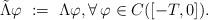
LaTeX: \begin{align*}\tilde\Lambda\varphi \ := \ \Lambda\varphi, \forall\,\varphi\in C([-T,0]).\end{align*}